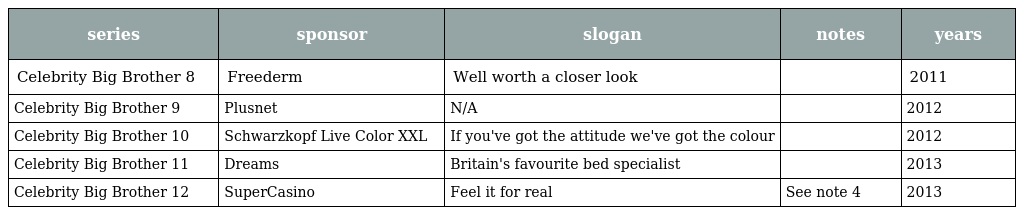
| series | sponsor | slogan | notes | years |
 | --- | --- | --- | --- | --- |
 | Celebrity Big Brother 8 | Freederm | Well worth a closer look |  | 2011 |
 | Celebrity Big Brother 9 | Plusnet | N/A |  | 2012 |
 | Celebrity Big Brother 10 | Schwarzkopf Live Color XXL | If you've got the attitude we've got the colour |  | 2012 |
 | Celebrity Big Brother 11 | Dreams | Britain's favourite bed specialist |  | 2013 |
 | Celebrity Big Brother 12 | SuperCasino | Feel it for real | See note 4 | 2013 |